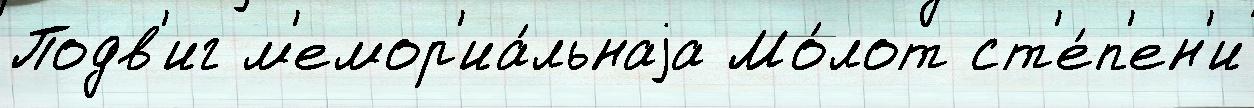
Подв'иг м'емор'иа́льнаjа Мо́лот ст'е́п'ен'и